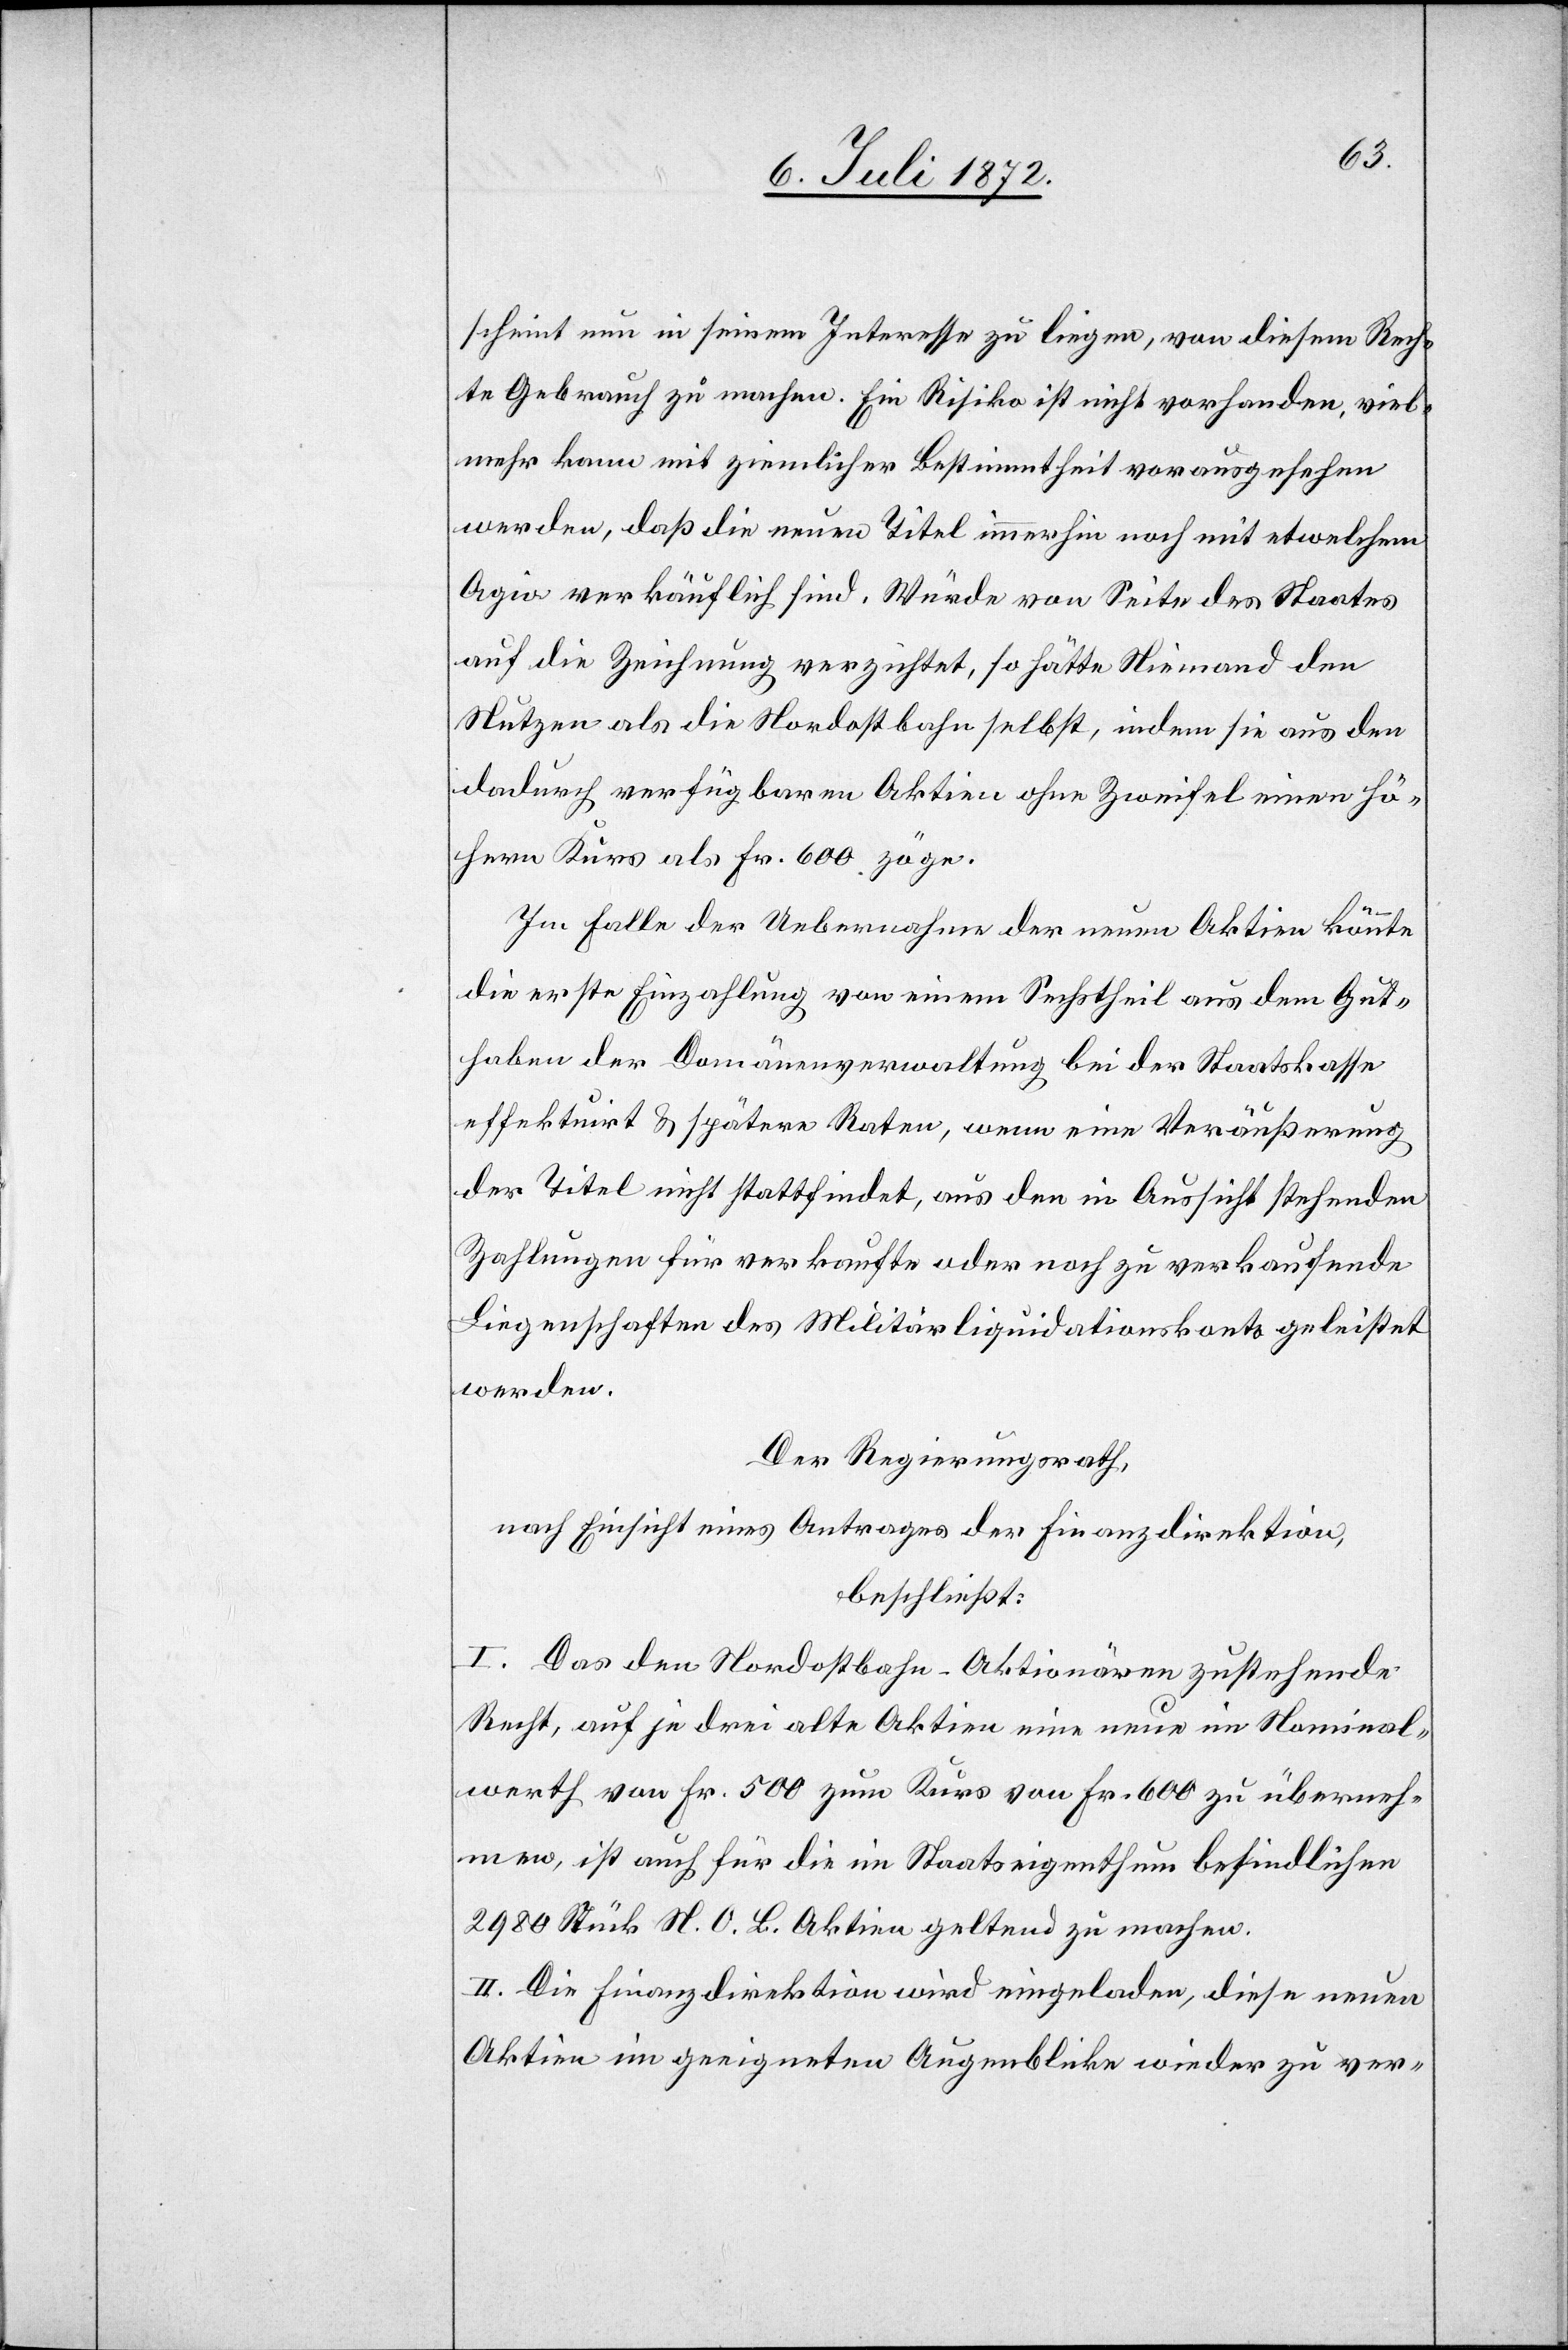
scheint nun in seinem Interesse zu liegen, von diesem Rech¬
te Gebrauch zu machen. Ein Risiko ist nicht vorhanden, viel¬
mehr kann mit ziemlicher Bestimmtheit vorausgesehen
werden, daß die neuen Titel immerhin noch mit etwelchem
Agio verkäuflich sind. Würde von Seite des Staates
auf die Zeichnung verzichtet, so hätte Niemand den
Nutzen als die Nordostbahn selbst, indem sie aus den
dadurch verfügbaren Aktien ohne Zweifel einen hö¬
hern Kurs als Fr. 600 zöge.
Im Falle der Uebernahme der neuen Aktien könnte
die erste Einzahlung von einem Sechstheil aus dem Gut¬
haben der Domänenverwaltung bei der Staatskasse
effektuirt u. spätere Raten, wenn eine Veräußerung
der Titel nicht stattfindet, aus den in Aussicht stehenden
Zahlungen für verkaufte oder noch zu verkaufende
Liegenschaften des Militärliquidationskonto geleistet
werden.
Der Regierungsrath,
nach Einsicht eines Antrages der Finanzdirektion,
beschließt:
I. Das den Nordostbahn-Aktionären zustehende
Recht, auf je drei alte Aktien eine neue im Nominal¬
werth von Fr. 500 zum Kurs von Fr. 600 zu überneh¬
men, ist auch für die im Staatseigenthum befindlichen
2980 Stück N. O. B. Aktien geltend zu machen.
II. Die Finanzdirektion wird eingeladen, diese neuen
Aktien im geeigneten Augenblicke wieder zu ver-